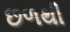
છળથી